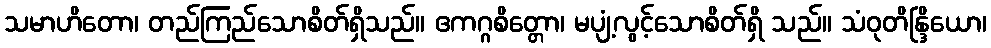
သမာဟိတော၊ တည်ကြည်သောစိတ်ရှိသည်။ ဧကဂ္ဂစိတ္တော၊ မပျံ့လွင့်သောစိတ်ရှိ သည်။ သံဝုတိန္ဒြိယော၊